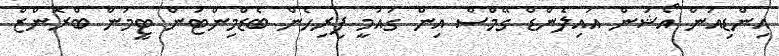
އިންޑިއަން އޯޝަން އައިލެންޑް ގޭމްސް އިން ގައުމީ ފިރިހެން ބެޑްމިންޓަން ޓީމުން ބްރޮންޒް